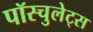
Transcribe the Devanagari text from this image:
पॉस्चुलेट्स